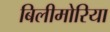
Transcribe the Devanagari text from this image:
बिलीमोरिया